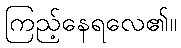
ကြည့်နေရလေ၏။